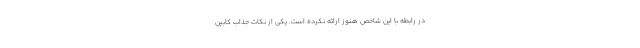
در رابطه با این شاخص هنوز ارائه نکرده است. یکی از نکات جذاب کابین